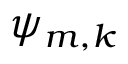
\psi _ { m , k }